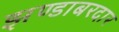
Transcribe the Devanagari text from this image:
झण्डाबरदार